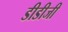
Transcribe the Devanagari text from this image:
डीडीजी